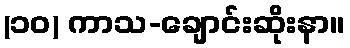
(၁၀) ကာသ-ချောင်းဆိုးနာ။